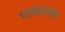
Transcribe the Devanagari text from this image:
गांधींशीही